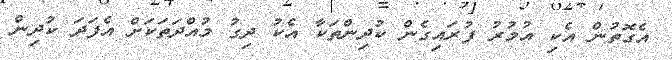
އެގޮތުން އެކި އުމުރު ފުރައިގެން ކުދިންތަކާ އެކު ދިގު މުއްދަތަކަށް އެފަދަ ކުދިން